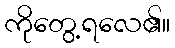
ကိုတွေ့ရလေ၏။